Annual report on the working of the lock hospitals in the Central Provinces
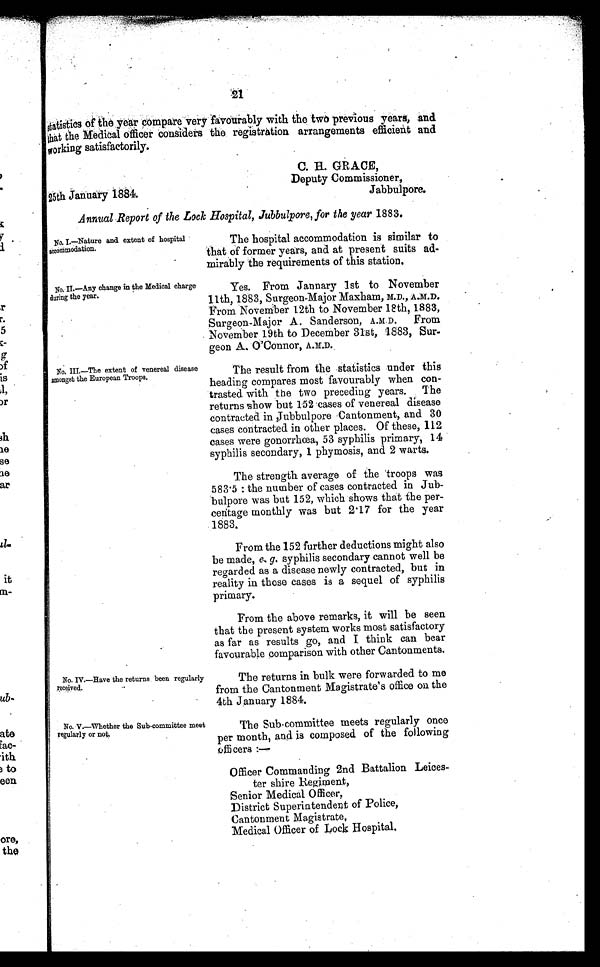
25th January 1884.
C. H GRACE,
Deputy Commissioner,
Jabbulpore.
statistics of the year compare very favourably with the two previous years, and
that the Medical officer considers the registration arrangements efficient and
working satisfactorily.
Annual Report of the Lock Hospital, Jubbulpore, for the year 1883.
No. I.—Nature and extent of hospital
accommodation.
No. II—Any change in the Medical charge
during the year.
No. III.—The extent of venereal disease
amongst the European Troops.
No. IV.—Have the returns been regularly
received.
No. V.—Whether the Sub-committee meet
regularly or not.
The hospital accommodation is similar to
that of former years, and at present suits ad
mirably the requirements of this station.
Yes. From Jannary 1st to November
11th, 1883, Surgeon-Major Maxham, M.D., A.M.D.
From November 12th to November 18th, 1883,
Surgeon-Major A. Sanderson, A.M.D. From
November 19th to December 31st, 1883, Sur
geon A. O'Connor, A.M.D.
The result from the statistics under this
heading compares most favourably when con
trasted with the two preceding years. The
returns show but 152 cases of venereal disease
contracted in Jubbulpore Cantonment, and 30
cases contracted in other places. Of these, 112
cases were gonorrhœa, 53 syphilis primary, 14
syphilis secondary, 1 phymosis, and 2 warts.
The strength average of the troops was
583 . 5 : the number of cases contracted in Jub
bulpore was but 152, which shows that the per
centage monthly was but 2·17 for the year
1883.
From the 152 further deductions might also
be made, e. g. syphilis secondary cannot well be
regarded as a disease newly contracted, but in
reality in those cases is a sequel of syphilis
primary.
From the above remarks, it will be seen
that the present system works most satisfactory
as far as results go, and I think can bear
favourable comparison with other Cantonments.
The returns in bulk were forwarded to me
from the Cantonment Magistrate's office on the
4th January 1884.
The Sub-committee meets regularly once
per month, and is composed of the following
officers :—
Officer Commanding 2nd Battalion Leices
ter shire Regiment,
Senior Medical Officer,
District Superintendent of Police,
Cantonment Magistrate,
Medical Officer of Lock Hospital.